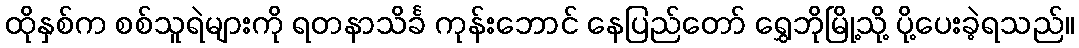
ထိုနှစ်က စစ်သူရဲများကို ရတနာသိင်္ခ ကုန်းဘောင် နေပြည်တော် ရွှေဘိုမြို့သို့ ပို့ပေးခဲ့ရသည်။